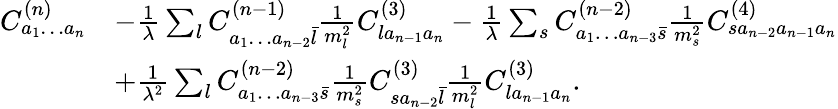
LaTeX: \begin{array}{rl}{C_{a_{1}\ldots a_{n}}^{(n)}}&{-\frac{1}{\lambda}\sum_{l}C_{a_{1}\ldots a_{n-2}\bar{l}}^{(n-1)}\frac{1}{m_{l}^{2}}C_{la_{n-1}a_{n}}^{(3)}-\frac{1}{\lambda}\sum_{s}C_{a_{1}\ldots a_{n-3}\bar{s}}^{(n-2)}\frac{1}{m_{s}^{2}}C_{sa_{n-2}a_{n-1}a_{n}}^{(4)}}\\ &{+\frac{1}{\lambda^{2}}\sum_{l}C_{a_{1}\ldots a_{n-3}\bar{s}}^{(n-2)}\frac{1}{m_{s}^{2}}C_{sa_{n-2}\bar{l}}^{(3)}\frac{1}{m_{l}^{2}}C_{la_{n-1}a_{n}}^{(3)}.}\end{array}